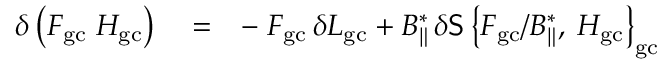
\begin{array} { r l r } { \delta \left( { \cal F } _ { \mathrm { g c } } \; { \cal H } _ { \mathrm { g c } } \right) } & { { } = } & { - \; { \cal F } _ { \mathrm { g c } } \, \delta L _ { \mathrm { g c } } + B _ { \| } ^ { * } \, \delta { \sf S } \left\{ { \cal F } _ { \mathrm { g c } } / B _ { \| } ^ { * } , \frac { } { } { \cal H } _ { \mathrm { g c } } \right\} _ { \mathrm { g c } } } \end{array}